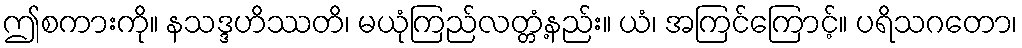
ဤစကားကို။ နသဒ္ဒဟိဿတိ၊ မယုံကြည်လတ္တံ့နည်း။ ယံ၊ အကြင်ကြောင့်။ ပရိသဂတော၊